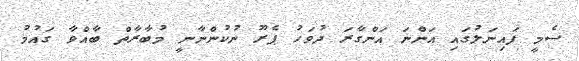
ސެމީ ފައިނަލުގައި އަންނަ އަންގާރަ ދުވަހު ޕެރޫ ނުކުންނާނީ މުބާރާތް ބާއްވާ ގައުމު